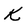
Character: K